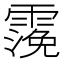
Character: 𩄬